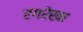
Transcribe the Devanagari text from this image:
रंगरेखा